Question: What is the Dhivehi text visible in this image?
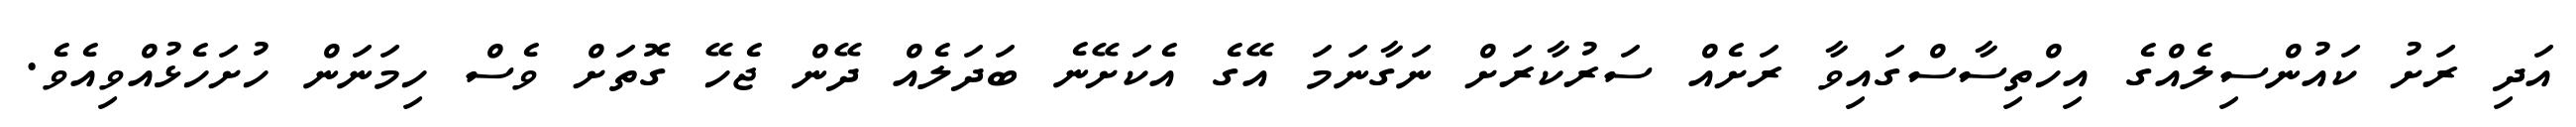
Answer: އަދި ރަށު ކައުންސިލެއްގެ އިހްތިސާސްގައިވާ ރަށެއް ސަރުކާރަށް ނަގާނަމަ އޭގެ އެކަށޭނެ ބަދަލެއް ދޭން ޖެހޭ ގޮތަށް ވެސް ހިމަނަން ހުށަހެޅުއްވިއެވެ.